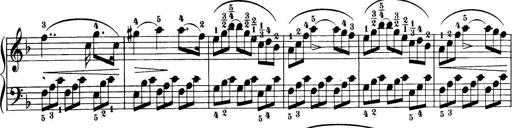
Title: 32 Sonatinas and Rondos for the Piano
Composer: Richard Kleinmichel